Plague in India, 1896, 1897 - Volume 2
Year: 1896
Disease focus: Plague
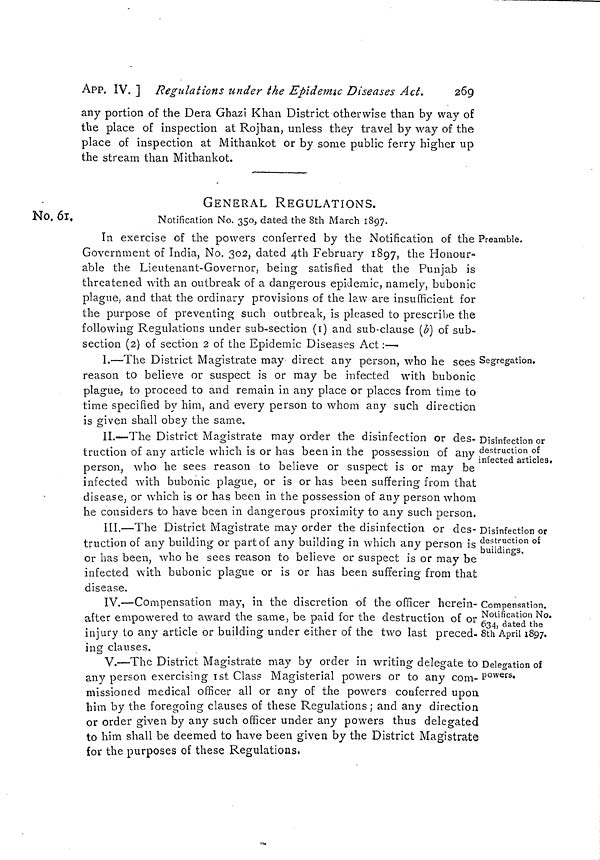
269
App. IV. ] Regulations under the Epidemic Diseases Act.
any portion of the Dera Ghazi Khan District otherwise than by way of
the place of inspection at Rojhan, unless they travel by way of the
place of inspection at Mithankot or by some public ferry higher up
the stream than Mithankot.
GENERAL REGULATIONS.
Notification No. 350, dated the 8th March 1897.
No. 61.
Preamble.
In exercise of the powers conferred by the Notification of the
Government of India, No. 302, dated 4th February 1897, the Honour-
able the Lieutenant-Governor, being satisfied that the Punjab is
threatened with an outbreak of a dangerous epidemic, namely, bubonic
plague, and that the ordinary provisions of the law are insufficient for
the purpose of preventing such outbreak, is pleased to prescribe the
following Regulations under sub-section (1) and sub-clause (b) of sub-
section (2) of section 2 of the Epidemic Diseases Act :—
Segregation.
I.—The District Magistrate may direct any person, who he sees
reason to believe or suspect is or may be infected with bubonic
plague, to proceed to and remain in any place or places from time to
time specified by him, and every person to whom any such direction
is given shall obey the same.
Disinfection or
destruction of
infected articles,
II.—The District Magistrate may order the disinfection or des-
truction of any article, which is or has been in the possession of any
person, who he sees reason to believe or suspect is or may be
infected with bubonic plague, or is or has been suffering from that
disease, or which is or has been in the possession of any person whom
he considers to have been in dangerous proximity to any such person,
Disinfection or
destruction of
buildings.
III.—The District Magistrate may order the disinfection or des-
truction of any building or part of any building in which any person is
or has been, who he sees reason to believe or suspect is or may be
infected with bubonic plague or is or has been suffering from that
disease.
Compensation.
Notification No.
634, dated the
8th April 1897.
IV.—Compensation may, in the discretion of the officer herein-
after empowered to award the same, be paid for the destruction of or
injury to any article or building under either of the two last preced-
ing clauses.
Delegation of
powers.
V.—The District Magistrate may by order in writing delegate to
any person exercising 1st Class Magisterial powers or to any com-
missioned medical officer all or any of the powers conferred upon,
him by the foregoing clauses of these Regulations ; and any direction
or order given by any such officer under any powers thus delegated
to him shall be deemed to have been given by the District Magistrate
for the purposes of these Regulations,